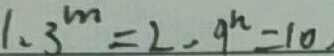
1 . 3 ^ { m } = 2 - 9 ^ { n } = 1 0